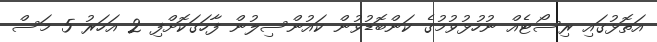
އަތޮޅުގައި ރިސޯޓެއް ނުހުޅުވުމުގެ ކަންބޮޑުވުން ކައުންސިލުން ފާހަގަކޮށްފި 2 އަހަރު 5 މަސް